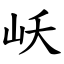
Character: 岆